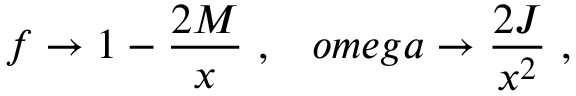
f \rightarrow 1 - \frac { 2 M } { x } \ , \ \ \, o m e g a \rightarrow \frac { 2 J } { x ^ { 2 } } \ ,